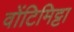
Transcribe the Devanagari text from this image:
वोंटिमिट्टा